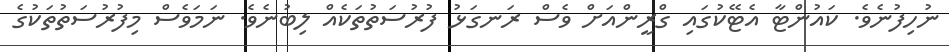
ނުހިފުނެވެ. ކައުންޓާ އެޓޭކުގައި ގްރީންއަށް ވެސް ރަނގަޅު ފުރުސަތުތަކެއް ލިބުނެވެ. ނަމަވެސް މިފުރުސަތުތަކުގެ